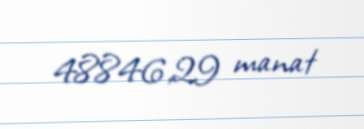
48846,29 manat